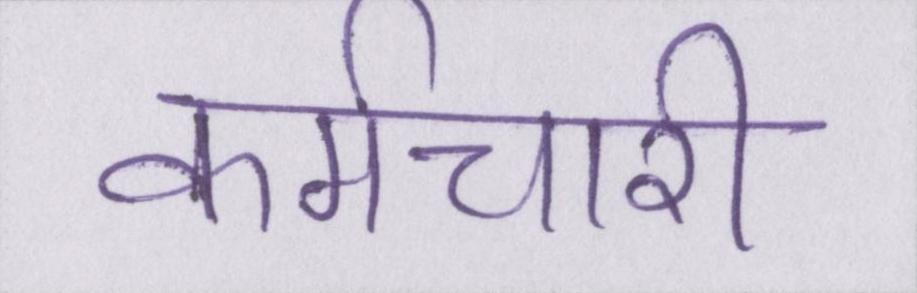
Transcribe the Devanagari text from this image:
कर्मचारी